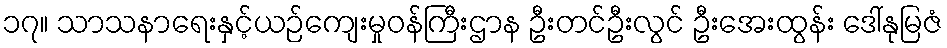
၁၇။ သာသနာရေးနှင့်ယဉ်ကျေးမှုဝန်ကြီးဌာန ဦးတင်ဦးလွင် ဦးအေးထွန်း ဒေါ်နုမြဇံ